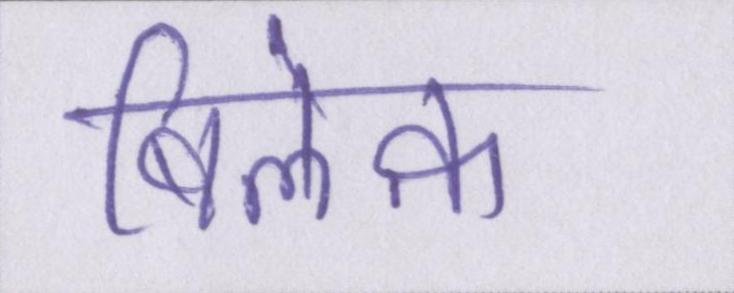
बिलेक